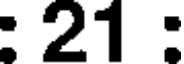
: 21 :